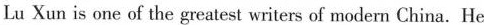
Lu Xun is one of the greatest writers of modern China. He